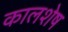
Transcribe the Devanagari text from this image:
कालशेष